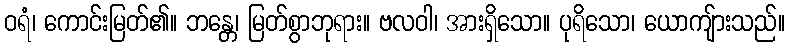
ဝရံ၊ ကောင်းမြတ်၏။ ဘန္တေ၊ မြတ်စွာဘုရား။ ဗလဝါ၊ အားရှိသော။ ပုရိသော၊ ယောကျ်ားသည်။